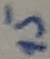
Text: 15